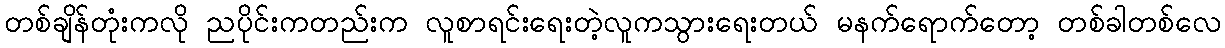
တစ်ချိန်တုံးကလို ညပိုင်းကတည်းက လူစာရင်းရေးတဲ့လူကသွားရေးတယ် မနက်ရောက်တော့ တစ်ခါတစ်လေ